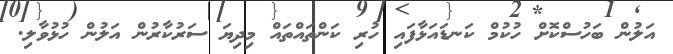
އަލުން ބަހުސްކޮށް ހުކުމް ކަނޑައަޅާފައި ހުރި ކަންތައްތައް މިދިޔަ ސަރުކާރުން އަލުން ހުޅުވާލި.